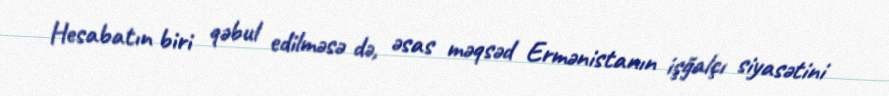
Hesabatın biri qəbul edilməsə də, əsas məqsəd Ermənistanın işğalçı siyasətini